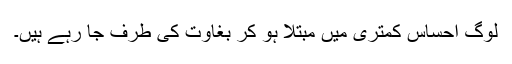
لوگ احساس کمتری میں مبتلا ہو کر بغاوت کی طرف جا رہے ہیں۔